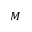
M